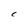
Character: C